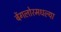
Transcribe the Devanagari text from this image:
बेंगलोरमधल्या